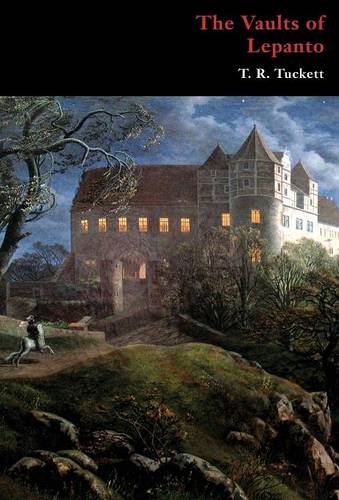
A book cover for The Vaults of Lepanto (Gothic Classics); T.R. Tuckett; Literature & Fiction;